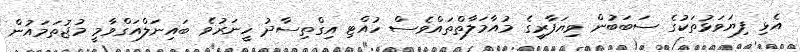
އެޅި ފިޔަވަޅުތަކުގެ ސަބަބުން ވިޔަފާރީގެ މުއާމަލާތްތައްވެސް ހުއްޓި އިގްތިސާދު ހީނަރުވެ ބައިނަލްއަގްވާމީ މުޖުތަމައުން